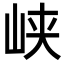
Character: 峡